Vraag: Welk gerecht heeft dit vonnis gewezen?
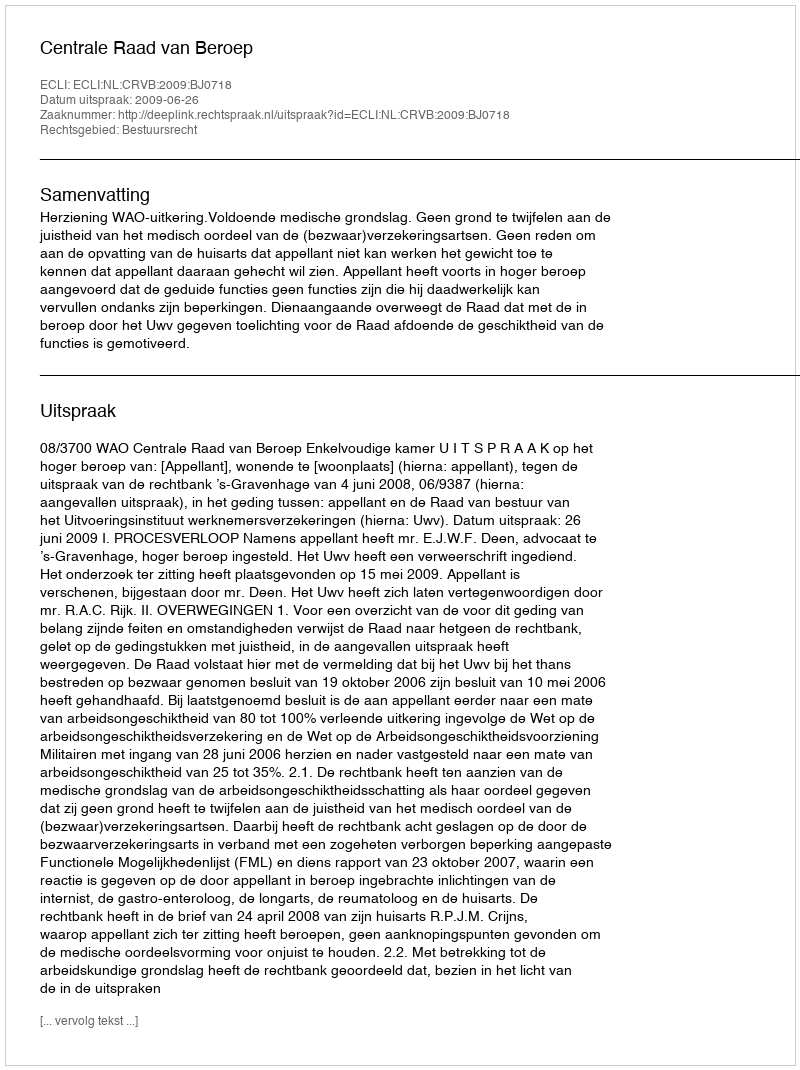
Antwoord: Centrale Raad van Beroep